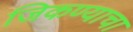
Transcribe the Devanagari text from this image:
जिकण्याचा